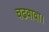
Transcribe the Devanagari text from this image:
चढवावा।